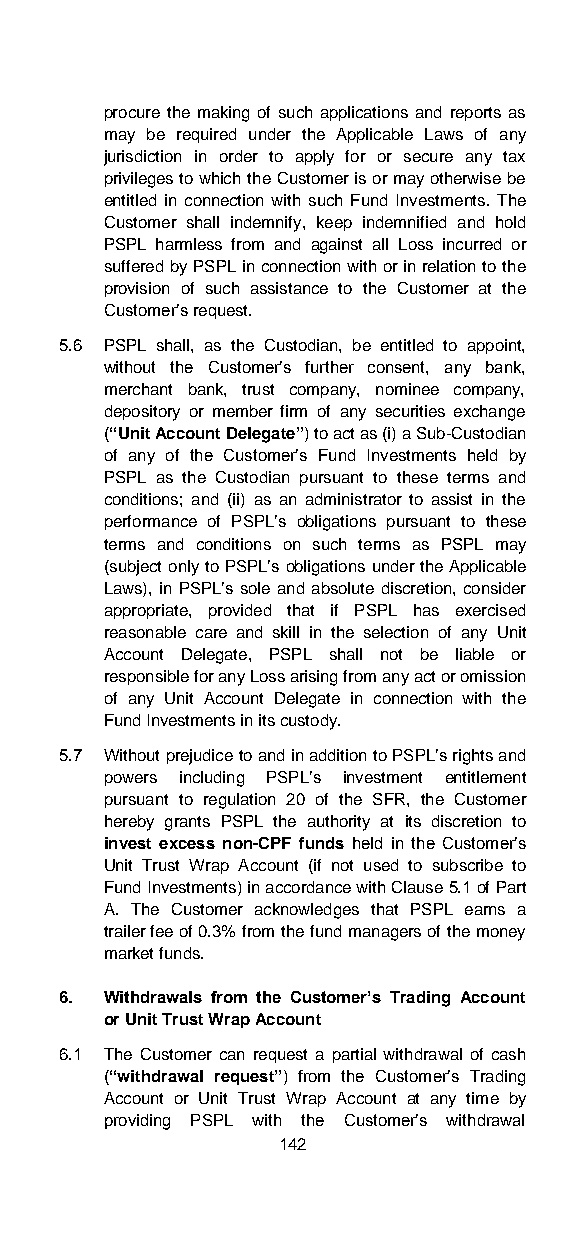
procure the making of such applications and reports as
 may be required under the Applicable Laws of any
 jurisdiction in order to apply for or secure any tax
 privileges to which the Customer is or may otherwise be
 entitled in connection with such Fund Investments. The
 Customer shall indemnify, keep indemnified and hold
 PSPL harmless from and against all Loss incurred or
 suffered by PSPL in connection with or in relation to the
 provision of such assistance to the Customer at the
 Customer’s request.
 5.6 PSPL shall, as the Custodian, be entitled to appoint,
 without the Customer’s further consent, any bank,
 merchant bank, trust company, nominee company,
 depository or member firm of any securities exchange
 (“Unit Account Delegate”) to act as (i) a Sub-Custodian
 of any of the Customer’s Fund Investments held by
 PSPL as the Custodian pursuant to these terms and
 conditions; and (ii) as an administrator to assist in the
 performance of PSPL’s obligations pursuant to these
 terms and conditions on such terms as PSPL may
 (subject only to PSPL’s obligations under the Applicable
 Laws), in PSPL’s sole and absolute discretion, consider
 appropriate, provided that if PSPL has exercised
 reasonable care and skill in the selection of any Unit
 Account Delegate, PSPL shall not be liable or
 responsible for any Loss arising from any act or omission
 of any Unit Account Delegate in connection with the
 Fund Investments in its custody.
 5.7 Without prejudice to and in addition to PSPL’s rights and
 powers including PSPL’s investment entitlement
 pursuant to regulation 20 of the SFR, the Customer
 hereby grants PSPL the authority at its discretion to
 invest excess non-CPF funds held in the Customer’s
 Unit Trust Wrap Account (if not used to subscribe to
 Fund Investments) in accordance with Clause 5.1 of Part
 A. The Customer acknowledges that PSPL earns a
 trailer fee of 0.3% from the fund managers of the money
 market funds.
 6. Withdrawals from the Customer’s Trading Account
 or Unit Trust Wrap Account
 6.1 The Customer can request a partial withdrawal of cash
 (“withdrawal request”) from the Customer’s Trading
 Account or Unit Trust Wrap Account at any time by
 providing PSPL with the Customer’s withdrawal
 142